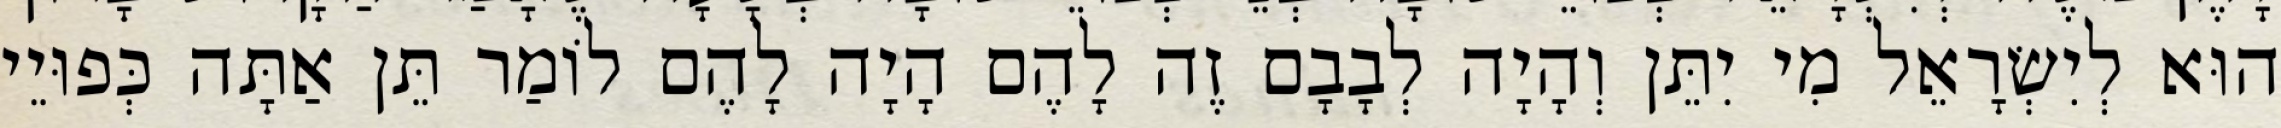
הוּא לְיִשְׂרָאֵל מִי יִתֵּן וְהָיָה לְבָבָם זֶה לָהֶם הָיָה לָהֶם לוֹמַר תֵּן אַתָּה כְּפוּיֵי